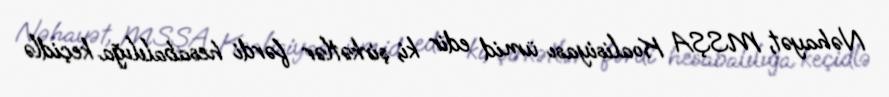
Nəhayət, MSŞA Koalisiyası ümid edir ki, şirkətlər fərdi hesabalılığa keçidlə